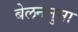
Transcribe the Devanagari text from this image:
बेलननुमा